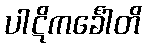
ပါဋိကင်္ခေါတိ